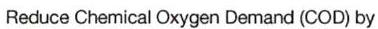
Reduce Chemical Oxygen Demand (COD) by